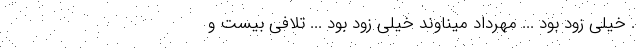
. خیلی زود بود ... مهرداد میناوند خیلی زود بود ... تلافیِ بیست و‌